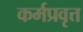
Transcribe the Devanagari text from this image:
कर्मप्रवृत्त